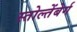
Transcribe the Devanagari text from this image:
स्तोल्तेंबेर्ग